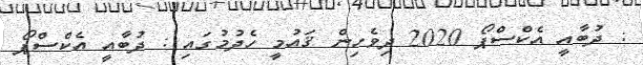
: ދުބާއީ އެކްސްޕޯ 2020 ދިވެހިން ޤައުމީ ހެދުމުގައި : ދުބާއީ އެކްސްޕޯ